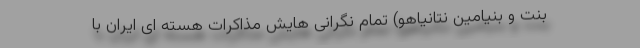
بنت و بنیامین نتانیاهو) تمام نگرانی هایش مذاکرات هسته ای ایران با